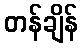
တန်ချိန်